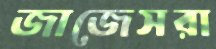
জাজেসরা